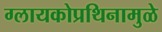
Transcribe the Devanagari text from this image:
ग्लायकोप्रथिनामुळे